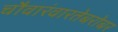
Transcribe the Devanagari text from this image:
चौवारंवारतेबरोबर